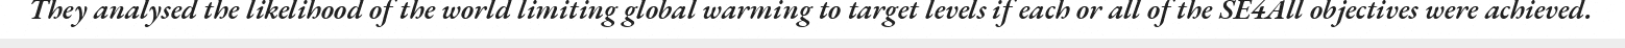
They analysed the likelihood of the world limiting global warming to target levels if each or all of the SE4All objectives were achieved.